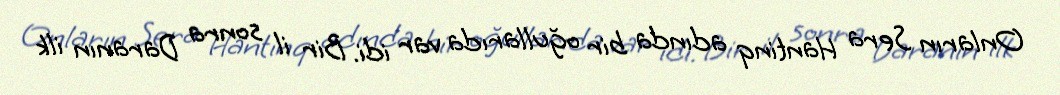
Onların Sera Hantinq adında bir oğullarıda var idi. Bir il sonra Daranın ilk